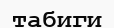
табиги